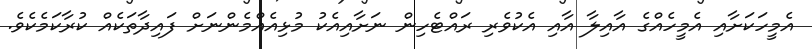
އެމީހަކަށާއި އެމީހެއްގެ އާއިލާ އާއި އެކުވެރި ރައްޓެހިން ނަށާއިއެކު މުޅިއެއްމެންނަށް ފައިދާތަކެއް ކުރާކަމެކެވެ.